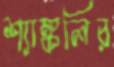
শ্যাঙ্কলির